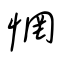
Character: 惘